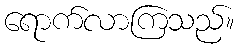
ရောက်လာကြသည်။